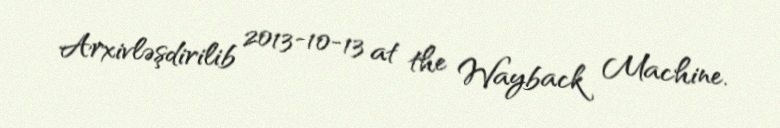
Arxivləşdirilib 2013-10-13 at the Wayback Machine.